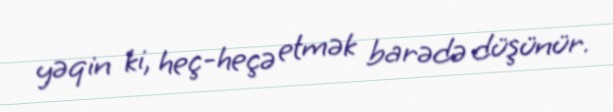
yəqin ki, heç-heçə etmək barədə düşünür.